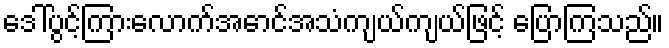
ဒေါ်ပွင့်ကြားလောက်အောင်အသံကျယ်ကျယ်ဖြင့် ပြောကြသည်။